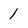
Character: 1